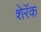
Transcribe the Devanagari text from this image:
शेरॅक